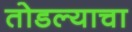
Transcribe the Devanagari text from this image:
तोडल्याचा